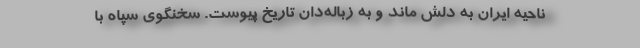
ناحیه ایران به دلش ماند و به زباله‌دان تاریخ پیوست. سخنگوی سپاه با